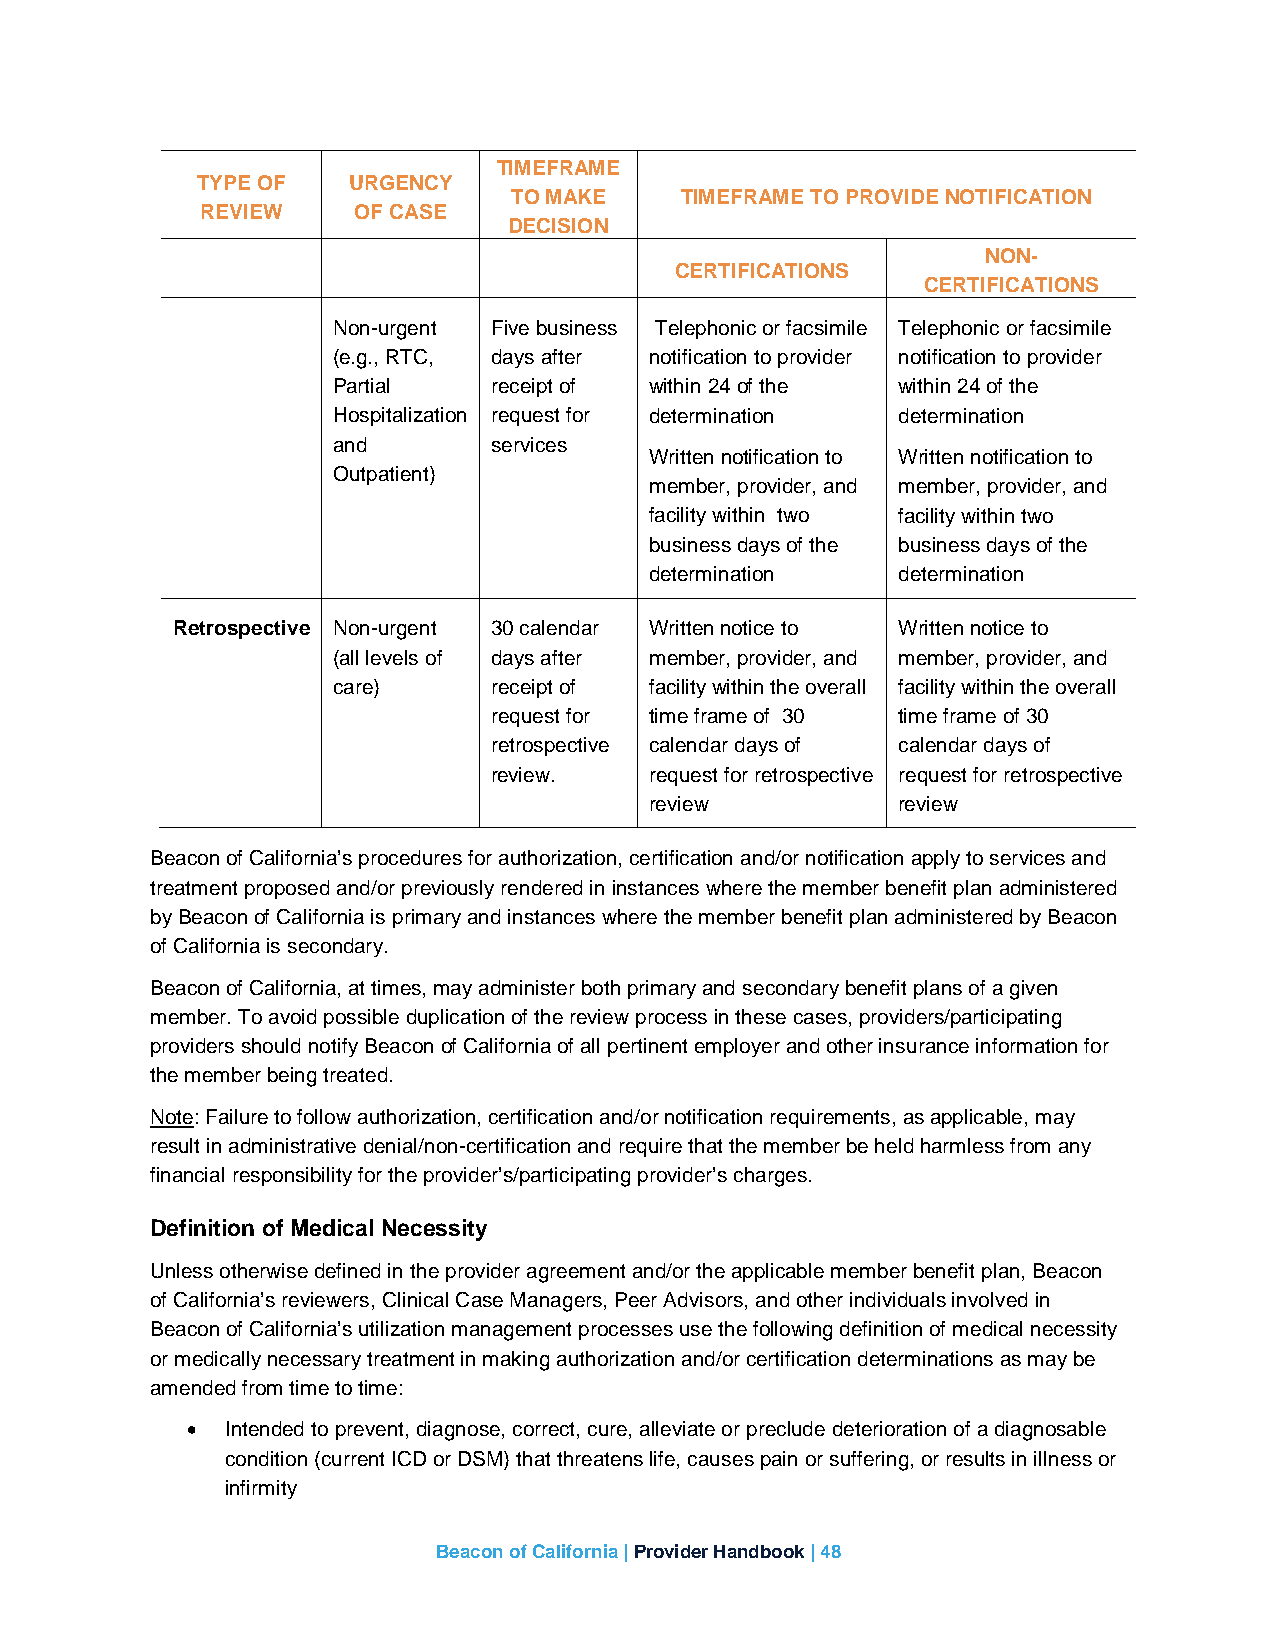
TIMEFRAME
 TYPE OF   URGENCY
 TO MAKE    TIMEFRAME TO PROVIDE NOTIFICATION
 REVIEW    OF CASE
 DECISION
 NON-
 CERTIFICATIONS
 CERTIFICATIONS
 Non-urgent Five business Telephonic or facsimile Telephonic or facsimile
 (e.g., RTC, days after notification to provider notification to provider
 Partial   receipt of within 24 of the within 24 of the
 Hospitalization request for determination determination
 and       services
 Written notification to Written notification to
 Outpatient)
 member, provider, and member, provider, and
 facility within two facility within two
 business days of the business days of the
 determination   determination
 Retrospective Non-urgent 30 calendar Written notice to Written notice to
 (all levels of days after member, provider, and member, provider, and
 care)     receipt of facility within the overall facility within the overall
 request for time frame of 30 time frame of 30
 retrospective calendar days of calendar days of
 review.    request for retrospective request for retrospective
 review          review
 Beacon of California’s procedures for authorization, certification and/or notification apply to services and
 treatment proposed and/or previously rendered in instances where the member benefit plan administered
 by Beacon of California is primary and instances where the member benefit plan administered by Beacon
 of California is secondary.
 Beacon of California, at times, may administer both primary and secondary benefit plans of a given
 member. To avoid possible duplication of the review process in these cases, providers/participating
 providers should notify Beacon of California of all pertinent employer and other insurance information for
 the member being treated.
 Note: Failure to follow authorization, certification and/or notification requirements, as applicable, may
 result in administrative denial/non-certification and require that the member be held harmless from any
 financial responsibility for the provider’s/participating provider’s charges.
 Definition of Medical Necessity
 Unless otherwise defined in the provider agreement and/or the applicable member benefit plan, Beacon
 of California’s reviewers, Clinical Case Managers, Peer Advisors, and other individuals involved in
 Beacon of California’s utilization management processes use the following definition of medical necessity
 or medically necessary treatment in making authorization and/or certification determinations as may be
 amended from time to time:
 •  Intended to prevent, diagnose, correct, cure, alleviate or preclude deterioration of a diagnosable
 condition (current ICD or DSM) that threatens life, causes pain or suffering, or results in illness or
 infirmity
 Beacon of California | Provider Handbook | 48